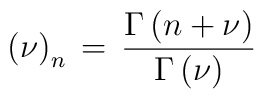
\left( \nu \right)_n \, = \,\frac{\Gamma \left( n+\nu \right)}{\Gamma \left( \nu \right)}\,